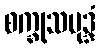
စက္ခုသမုဒ္ဒံ